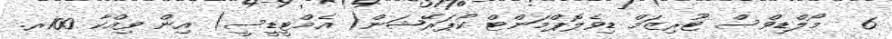
6  މޯލްޑިވްސް ޓޫރިޒަމް ޑިވެލޮޕްމަންޓް ކޯޕަރޭޝަން( އެމްޓީޑީސީ) އިން ވިއްކާ 100ރ.